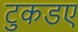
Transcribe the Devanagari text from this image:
टुकडए